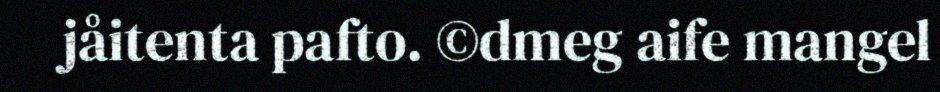
jåitenta pafto. ©dmeg aife mangel